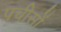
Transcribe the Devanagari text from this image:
पचीसों